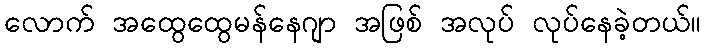
လောက် အထွေထွေမန်နေဂျာ အဖြစ် အလုပ် လုပ်နေခဲ့တယ်။